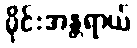
မိုင်းအန္တရာယ်